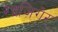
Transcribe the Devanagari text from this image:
रेइज़िगेर्